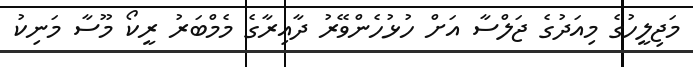
މަޖިލީހުގެ މިއަދުގެ ޖަލްސާ އަށް ހުޅުހެންވޭރު ދާއިރާގެ މެމްބަރު ރީކޯ މޫސާ މަނިިކު